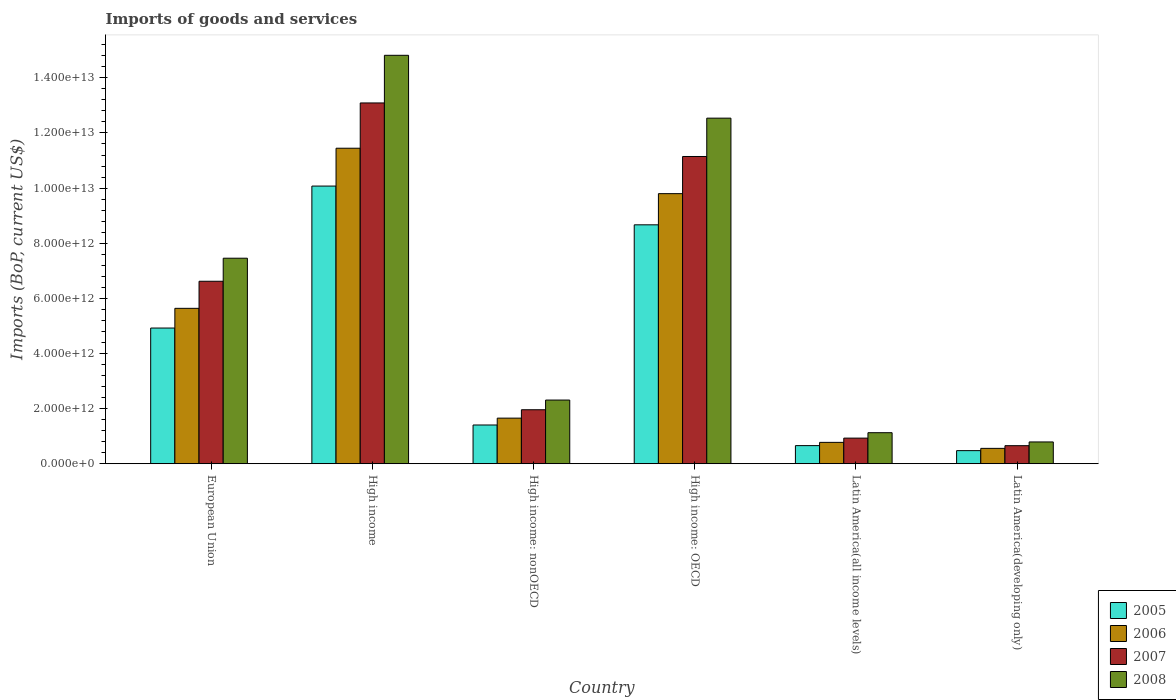
| Country | 2005 | 2006 | 2007 | 2008 |
 | --- | --- | --- | --- | --- |
 | European Union | 4.92e+12 | 5.64e+12 | 6.62e+12 | 7.46e+12 |
 | High income | 1.01e+13 | 1.14e+13 | 1.31e+13 | 1.48e+13 |
 | High income: nonOECD | 1.41e+12 | 1.65e+12 | 1.96e+12 | 2.31e+12 |
 | High income: OECD | 8.67e+12 | 9.8e+12 | 1.11e+13 | 1.25e+13 |
 | Latin America(all income levels) | 6.57e+11 | 7.75e+11 | 9.3e+11 | 1.13e+12 |
 | Latin America(developing only) | 4.75e+11 | 5.57e+11 | 6.55e+11 | 7.91e+11 |